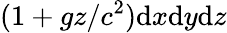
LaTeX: (1+gz/c^{2})\mathrm{d}x\mathrm{d}y\mathrm{d}z